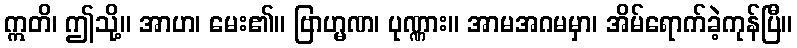
ဣတိ၊ ဤသို့။ အာဟ၊ မေး၏။ ဗြာဟ္မဏ၊ ပုဏ္ဏား။ အာမအဂမမှာ၊ အိမ်ရောက်ခဲ့ကုန်ပြီ။